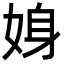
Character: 㛛